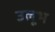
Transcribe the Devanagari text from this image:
उलूभ